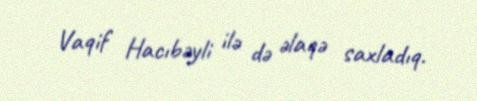
Vaqif Hacıbəyli ilə də əlaqə saxladıq.